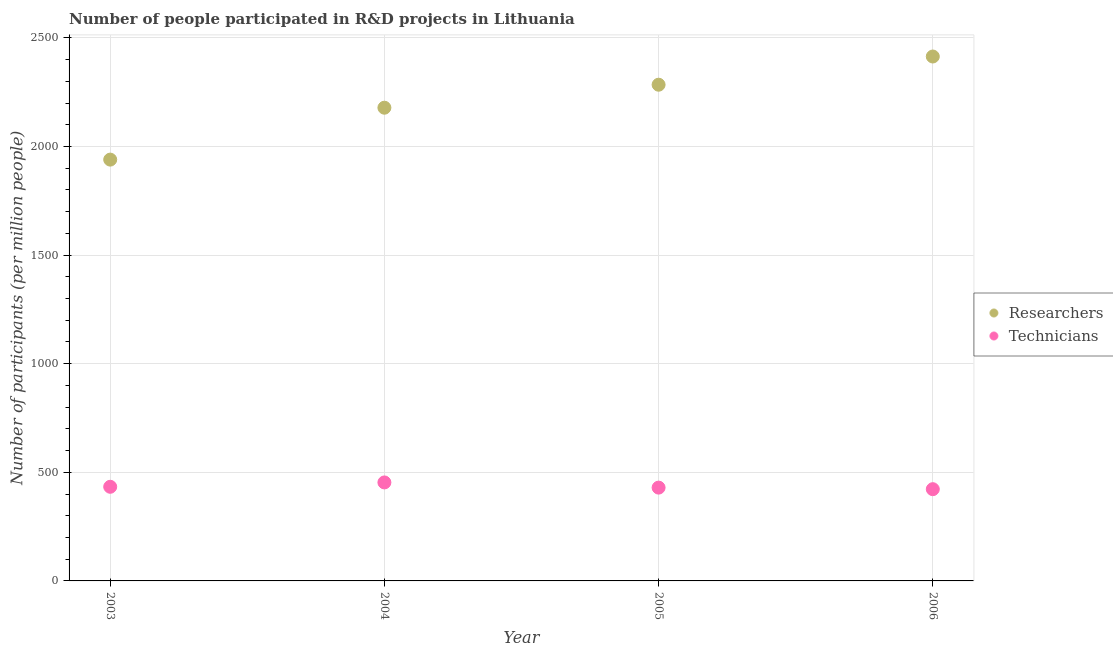
| Year | Researchers | Technicians |
 | --- | --- | --- |
 | 2003 | 1.94e+03 | 433 |
 | 2004 | 2.18e+03 | 453 |
 | 2005 | 2.28e+03 | 430 |
 | 2006 | 2.41e+03 | 422 |